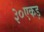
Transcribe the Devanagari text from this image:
३०एकड़